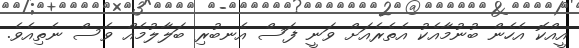
އީއްކޮ އެހެން ބުނުމާއެކު އެތެރެއަށް ވަނީ ފަސް އެނބުރި ބަލާލުމެއް ވެސް ނެތިއެވެ.